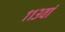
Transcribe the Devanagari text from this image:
११३वां